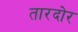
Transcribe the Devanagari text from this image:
तारदोर